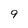
Character: 9